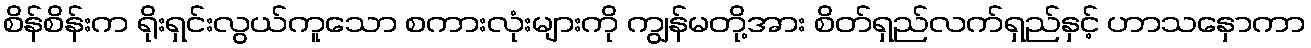
စိန်စိန်းက ရိုးရှင်းလွယ်ကူသော စကားလုံးများကို ကျွန်မတို့အား စိတ်ရှည်လက်ရှည်နှင့် ဟာသနှောကာ